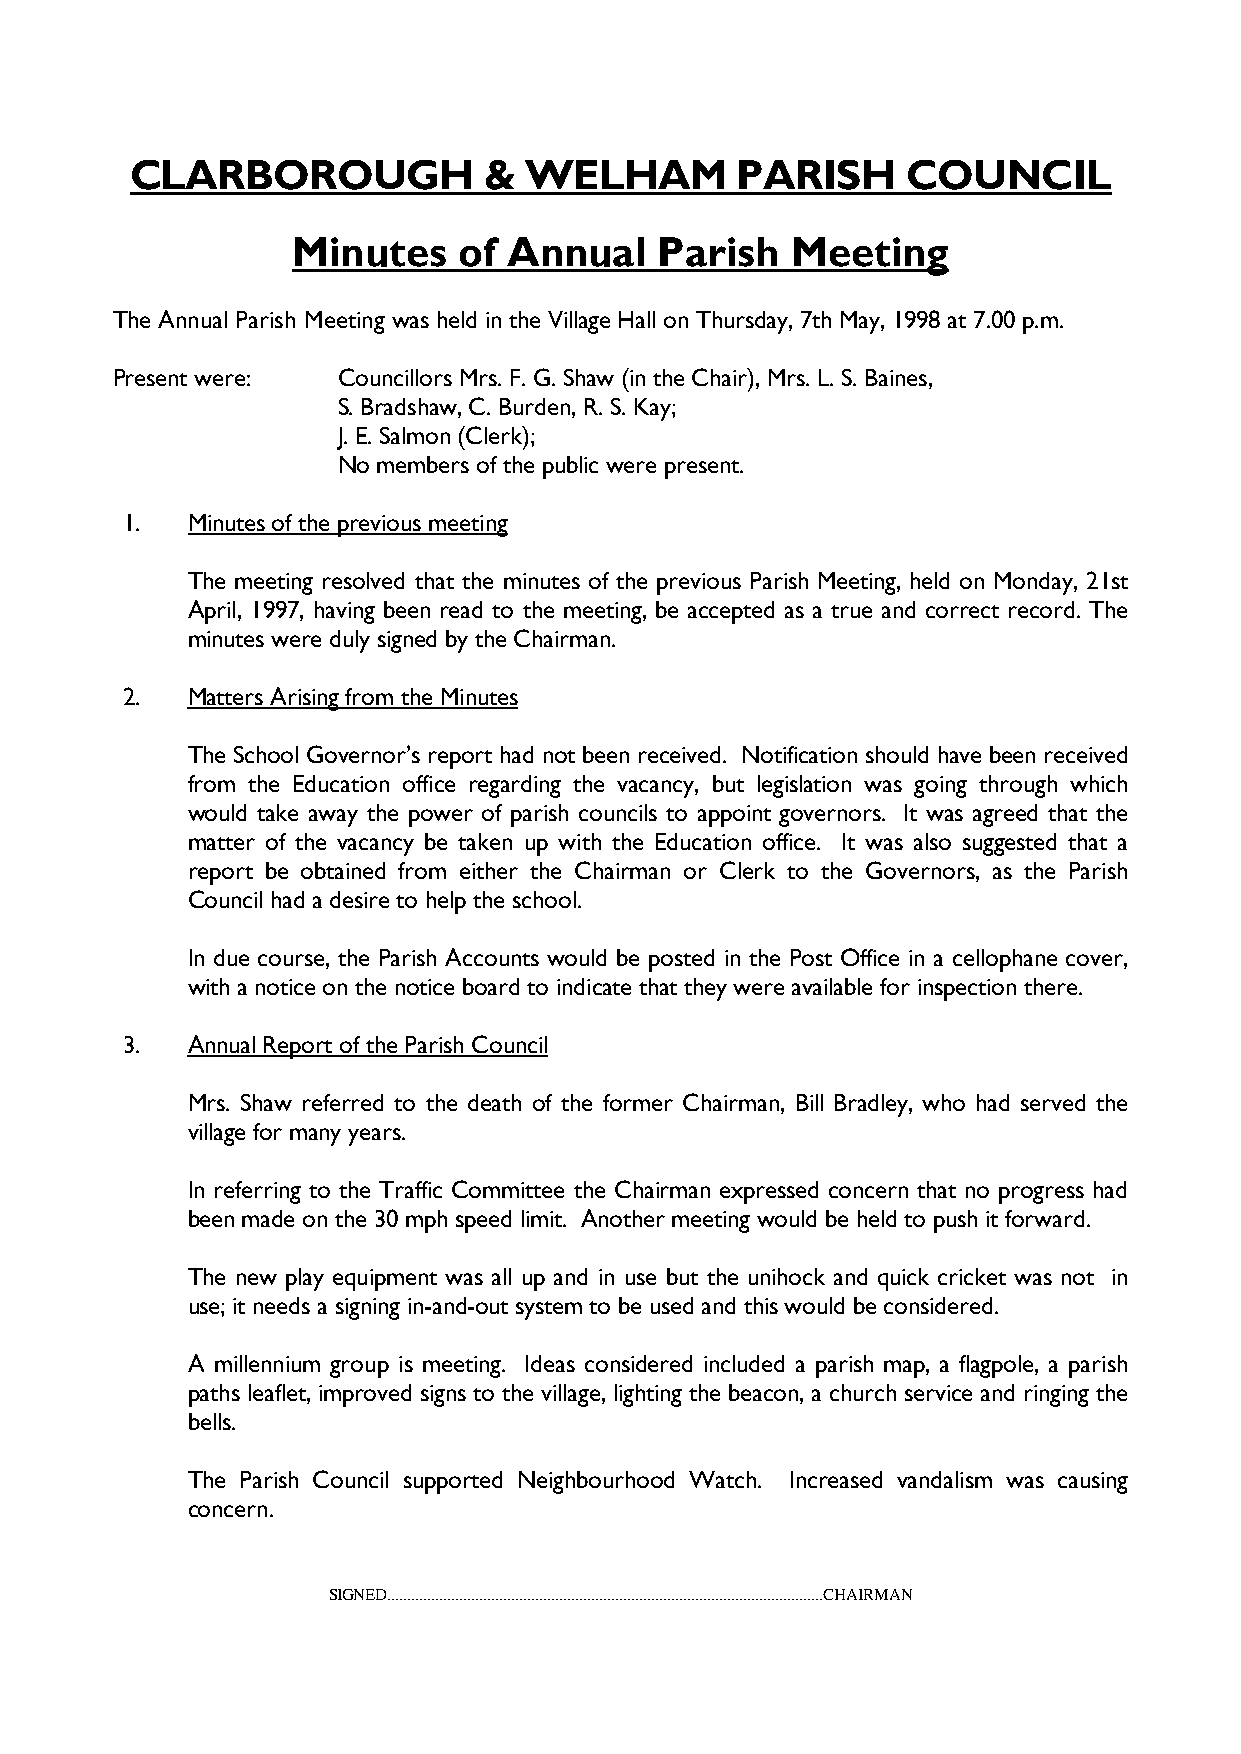
CLARBOROUGH            &  WELHAM        PARISH     COUNCIL
 Minutes    of  Annual    Parish  Meeting
 The Annual Parish Meeting was held in the Village Hall on Thursday, 7th May, 1998 at 7.00 p.m.
 Present were:  Councillors Mrs. F. G. Shaw (in the Chair), Mrs. L. S. Baines,
 S. Bradshaw, C. Burden, R. S. Kay;
 J. E. Salmon (Clerk);
 No members of the public were present.
 1.  Minutes of the previous meeting
 The meeting resolved that the minutes of the previous Parish Meeting, held on Monday, 21st
 April, 1997, having been read to the meeting, be accepted as a true and correct record. The
 minutes were duly signed by the Chairman.
 2.  Matters Arising from the Minutes
 The School Governor’s report had not been received. Notification should have been received
 from the Education office regarding the vacancy, but legislation was going through which
 would take away the power of parish councils to appoint governors. It was agreed that the
 matter of the vacancy be taken up with the Education office. It was also suggested that a
 report be obtained from either the Chairman or Clerk to the Governors, as the Parish
 Council had a desire to help the school.
 In due course, the Parish Accounts would be posted in the Post Office in a cellophane cover,
 with a notice on the notice board to indicate that they were available for inspection there.
 3.  Annual Report of the Parish Council
 Mrs. Shaw referred to the death of the former Chairman, Bill Bradley, who had served the
 village for many years.
 In referring to the Traffic Committee the Chairman expressed concern that no progress had
 been made on the 30 mph speed limit. Another meeting would be held to push it forward.
 The new play equipment was all up and in use but the unihock and quick cricket was not in
 use; it needs a signing in-and-out system to be used and this would be considered.
 A millennium group is meeting. Ideas considered included a parish map, a flagpole, a parish
 paths leaflet, improved signs to the village, lighting the beacon, a church service and ringing the
 bells.
 The Parish Council supported Neighbourhood Watch. Increased vandalism was causing
 concern.
 SIGNED.............................................................................................................CHAIRMAN